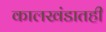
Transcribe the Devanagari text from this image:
कालखंडातही